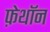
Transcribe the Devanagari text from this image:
फ़ेथॉन